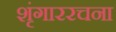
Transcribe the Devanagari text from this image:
शृंगाररचना